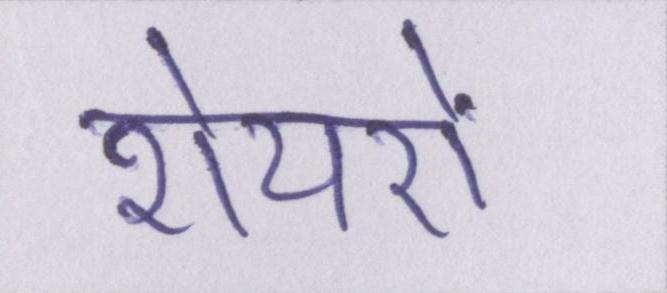
शेयरों